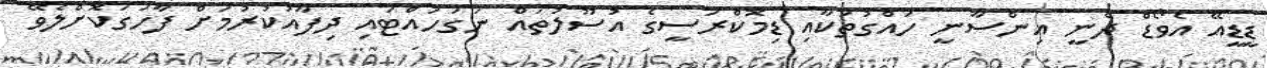
ޑީޑީއޭ އެވޯޑް ދެނީ އިންސާނީ ހައްގުތަކާއި ޑިމޮކްރަސީގެ އުސޫލުތައް ނަގަހައްޓައި ދިފާއުކުރުމަށް ފާހަގަކޮށްލެވޭ